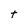
Character: t